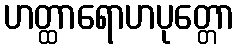
ဟတ္ထာရောဟပုတ္တော